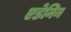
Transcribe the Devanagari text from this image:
एडेनिन